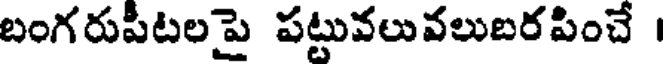
బంగరుపీటలపై పట్టువలువలుబరపించే